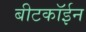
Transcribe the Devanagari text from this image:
बीटकॉईन